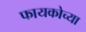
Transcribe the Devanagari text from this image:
फायकोच्या